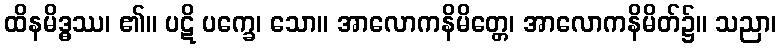
ထိနမိဒ္ဓဿ၊ ၏။ ပဋိ ပက္ခေ၊ သော။ အာလောကနိမိတ္တေ၊ အာလောကနိမိတ်၌။ သညာ၊